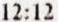
12:12